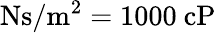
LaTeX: \mathrm{Ns/m^{2}}=1000~\mathrm{cP}